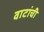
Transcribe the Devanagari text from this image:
वाटांची